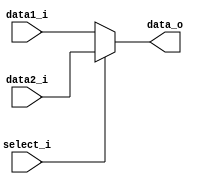
module MUX32
(
    data1_i,
    data2_i,
    select_i,
    data_o
);


// Ports
input   signed [31:0]  data1_i;
input   signed [31:0]  data2_i;
input   select_i;
output  reg signed [31:0]  data_o;

always@(data1_i, data2_i, select_i)begin

	data_o = (select_i == 1'b0)? data1_i:data2_i;

end



endmodule